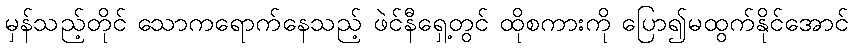
မှန်သည့်တိုင် သောကရောက်နေသည့် ဖဲင်နီရှေ့တွင် ထိုစကားကို ပြော၍မထွက်နိုင်အောင်